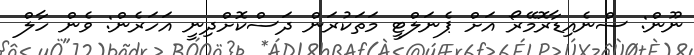
ނޫން: ސްނެއިޑާރޮމޭރޯ އަށް ޕެނަލްޓީ މަތަކުރަން ދަސްކޮށްދިނީ އަހަރެން: ވެން ހާލް